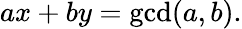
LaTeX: ax+by=\operatorname*{gcd}(a,b).